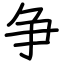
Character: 争